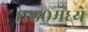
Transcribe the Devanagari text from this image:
१७६०मध्ये